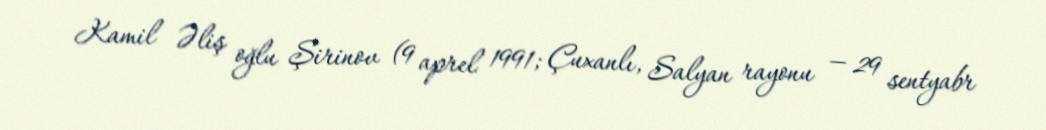
Kamil Əliş oğlu Şirinov (9 aprel 1991; Çuxanlı, Salyan rayonu — 29 sentyabr